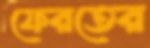
ফেরতের